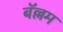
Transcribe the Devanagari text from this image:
बॅल्लम